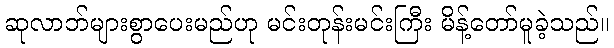
ဆုလာဘ်များစွာပေးမည်ဟု မင်းတုန်းမင်းကြီး မိန့်တော်မူခဲ့သည်။